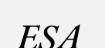
ESA